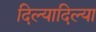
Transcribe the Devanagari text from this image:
दिल्यादिल्या